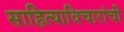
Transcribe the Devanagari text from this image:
साहित्याविचारांची